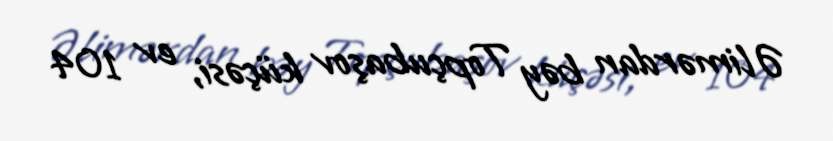
Əlimərdan bəy Topçubaşov küçəsi, ev 104